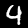
Label: 9